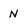
Character: N